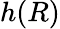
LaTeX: h(R)